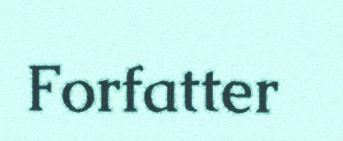
Forfatter